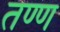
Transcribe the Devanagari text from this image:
तण्ण